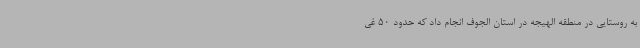
به روستایی در منطقه الهیجه در استان الجوف انجام داد که حدود 50 غی